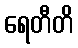
ရေတီတိ